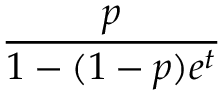
\frac { p } { 1 - ( 1 - p ) e ^ { t } }